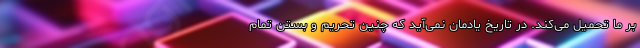
بر ما تحمیل می‌کند. در تاریخ یادمان نمی‌آید که چنین تحریم و بستن تمام